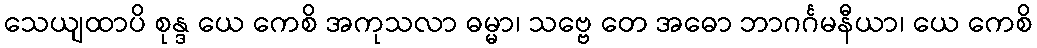
သေယျထာပိ စုန္ဒ ယေ ကေစိ အကုသလာ ဓမ္မာ၊ သဗ္ဗေ တေ အဓော ဘာဂင်္ဂမနီယာ၊ ယေ ကေစိ